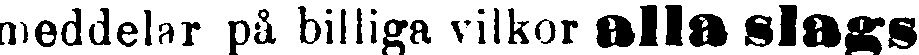
meddelar på billiga vilkor alla slags